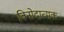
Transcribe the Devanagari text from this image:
विनोदात्मक